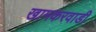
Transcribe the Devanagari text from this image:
खामकरवाडी